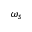
\omega _ { s }